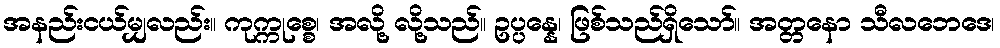
အနည်းငယ်မျှလည်း။ ကုက္ကုစ္စေ၊ အလို့ လို့သည်။ ဥပ္ပန္နေ၊ ဖြစ်သည်ရှိသော်။ အတ္တနော သီလဘေဒေ၊